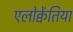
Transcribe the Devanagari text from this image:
एलोक्वेंतिया